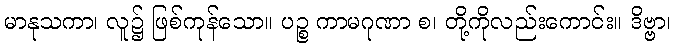
မာနုသကာ၊ လူ၌ ဖြစ်ကုန်သော။ ပဉ္စ ကာမဂုဏာ စ၊ တို့ကိုလည်းကောင်း။ ဒိဗ္ဗာ၊